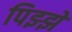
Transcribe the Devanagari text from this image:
पिझ्झे